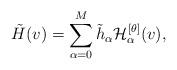
LaTeX: \begin{align*} \tilde{H}(v) = \sum_{\alpha=0}^M \tilde{h}_{\alpha}\mathcal{H}^{[\theta]}_{\alpha}(v),\end{align*}